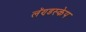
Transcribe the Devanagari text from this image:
लॅण्डस्केप